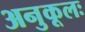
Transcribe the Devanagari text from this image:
अनुकूलः